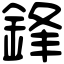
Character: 鋒